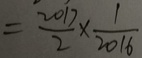
= \frac { 2 0 1 7 } { 2 } \times \frac { 1 } { 2 0 1 6 }